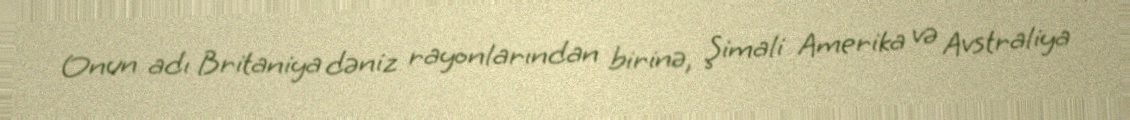
Onun adı Britaniya dəniz rayonlarından birinə, Şimali Amerika və Avstraliya